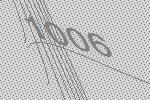
1006